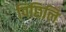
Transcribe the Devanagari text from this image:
पिछिलि